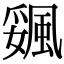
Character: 𩗔